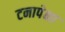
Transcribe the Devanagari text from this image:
टनापेक्षा